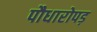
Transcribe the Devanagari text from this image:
पौधारोपड़